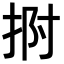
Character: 𭠯